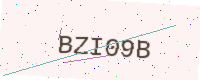
Text: BZI09B